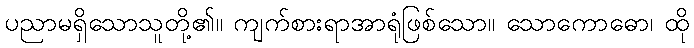
ပညာမရှိသောသူတို့၏။ ကျက်စားရာအာရုံဖြစ်သော။ သောကောဓော၊ ထို